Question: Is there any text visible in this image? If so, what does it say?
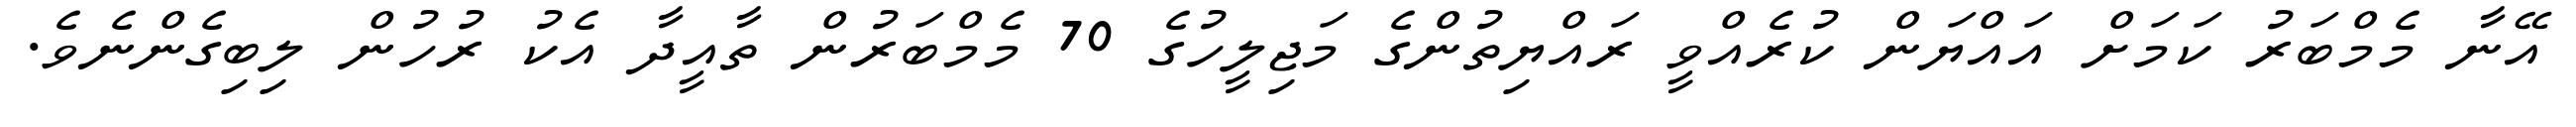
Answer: އޭނާ މެމްބަރު ކަމަށް އައްޔަން ކުރެއްވީ ރައްޔިތުންގެ މަޖިލީހުގެ 70 މެމްބަރުން ތާއީދާ އެކު ރުހުން ލިބިގެންނެވެ.